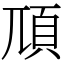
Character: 䪲